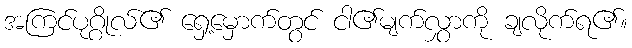
အကြင်ပုဂ္ဂိုလ်၏ ရှေ့မှောက်တွင် ငါ၏မျက်လွှာကို ချလိုက်ရ၏။